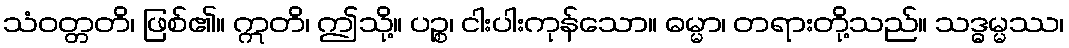
သံဝတ္တတိ၊ ဖြစ်၏။ ဣတိ၊ ဤသို့။ ပဉ္စ၊ ငါးပါးကုန်သော။ ဓမ္မာ၊ တရားတို့သည်။ သဒ္ဓမ္မဿ၊